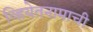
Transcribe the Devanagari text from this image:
व्हियेतनामाची